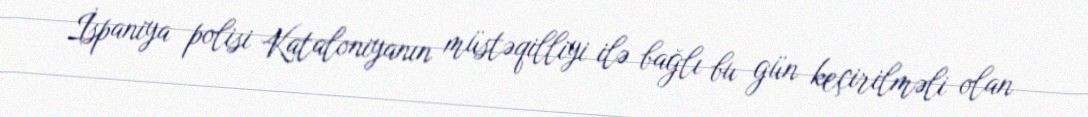
İspaniya polisi Kataloniyanın müstəqilliyi ilə bağlı bu gün keçirilməli olan